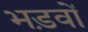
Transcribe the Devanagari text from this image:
भड़वों